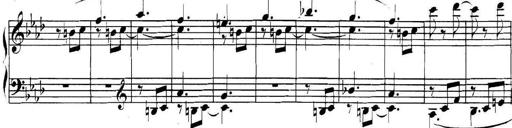
Title: Collected Piano Sonatas
Composer: Muzio Clementi